King Institute of Preventive Medicine Bacteriolog. Section reports 1907-08
Year: 1907
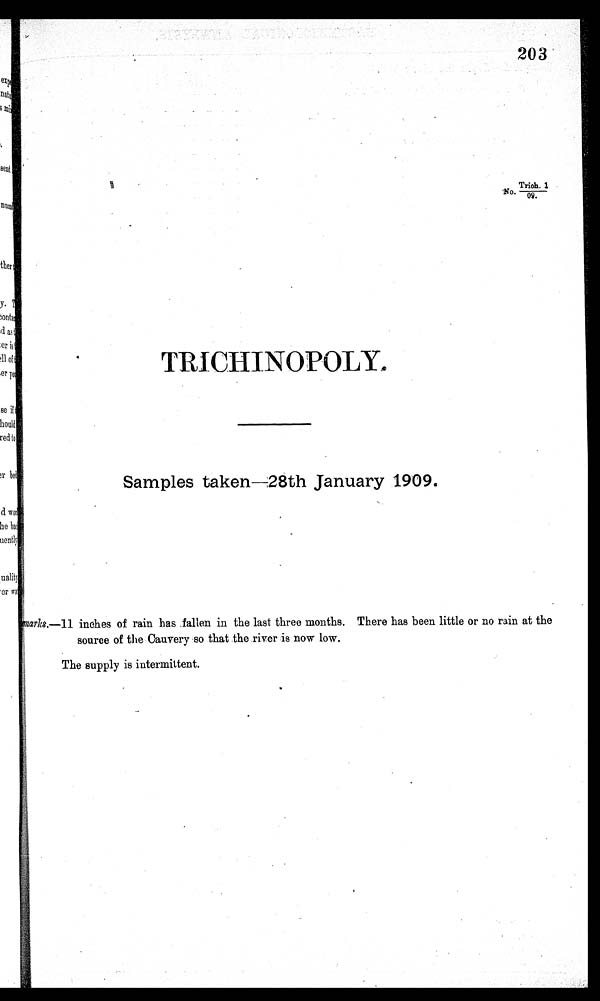
203
rich.
1
'No.
09.
TRICHINOPOLY.
Samples taken—28th January 1909.
Remarks.—11 inches of rain has fallen in the last three months. There has been little or no rain at the
source of the Cauvery so that the river is now low.
The supply is intermittent.